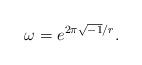
LaTeX: \begin{align*}\omega= e^{2\pi \sqrt {-1}/r}.\end{align*}